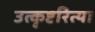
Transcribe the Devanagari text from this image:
उत्कृष्टरित्या